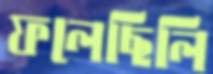
ফলেছিলি